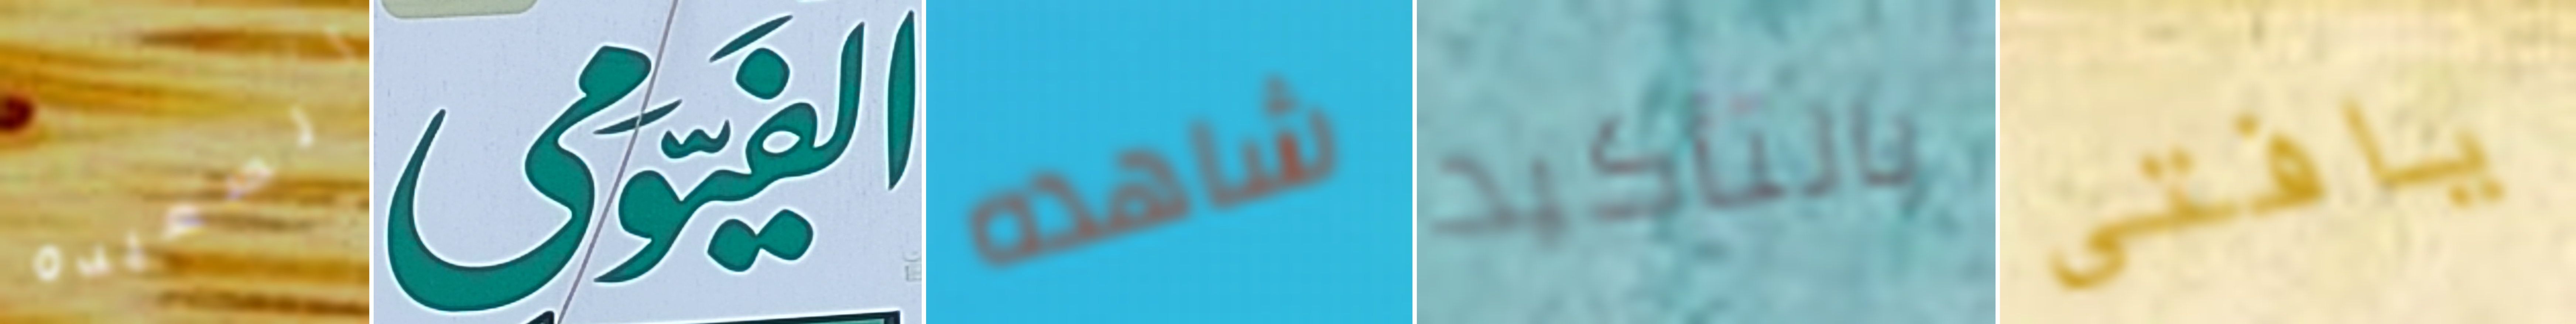
السعيده الفيومى شاهده بالتأكيد يافتى